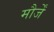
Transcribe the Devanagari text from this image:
मौर्जें